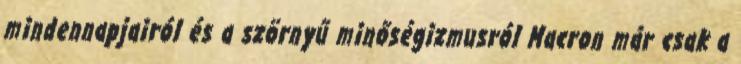
mindennapjairól és a szörnyű minőségizmusról Macron már csak a